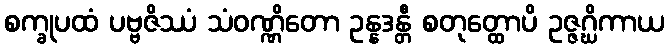
စက္ခုပထံ ပဗ္ဗဇိဿံ သံဝဏ္ဏိတော ဥန္နဒန္တီ စတုတ္ထောပိ ဥဇ္ဇဂ္ဃိကာယ